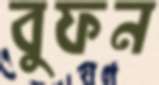
বুফন